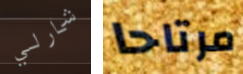
شارلي مرتاحا